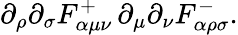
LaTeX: \partial_{\rho}\partial_{\sigma}F_{\alpha\mu\nu}^{+}\, \partial_{\mu}\partial_{\nu}F_{\alpha\rho\sigma}^{-}.